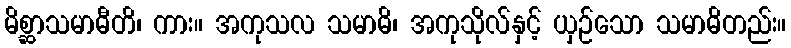
မိစ္ဆာသမာဓီတိ၊ ကား။ အကုသလ သမာဓိ၊ အကုသိုလ်နှင့် ယှဉ်သော သမာဓိတည်း။